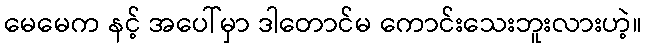
မေမေက နင့် အပေါ်မှာ ဒါတောင်မ ကောင်းသေးဘူးလားဟဲ့။